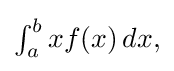
{\textstyle \int _{a}^{b}xf(x)\,dx,}